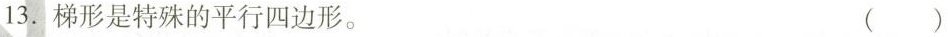
13.梯形是特殊的平行四边形。 ()